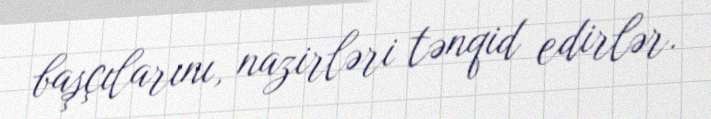
başçılarını, nazirləri tənqid edirlər.